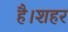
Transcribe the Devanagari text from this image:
है।शहर